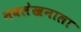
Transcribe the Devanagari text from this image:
नवलेखनाला